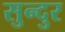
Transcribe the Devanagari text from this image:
सुन्दुर